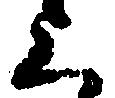
上